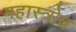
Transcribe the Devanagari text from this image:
महास्त्रोत